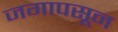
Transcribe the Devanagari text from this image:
जगापसून